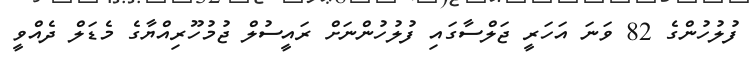
ފުލުހުންގެ 82 ވަނަ އަހަރީ ޖަލްސާގައި ފުލުހުންނަށް ރައީސުލް ޖުމުހޫރިއްޔާގެ މެޑަލް ދެއްވީ